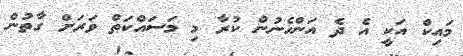
މައިކް އަކީ އެ ދެ އަންހެނުން ކުރާ މި މަސައްކަތް ވަރަށް ގާތުން